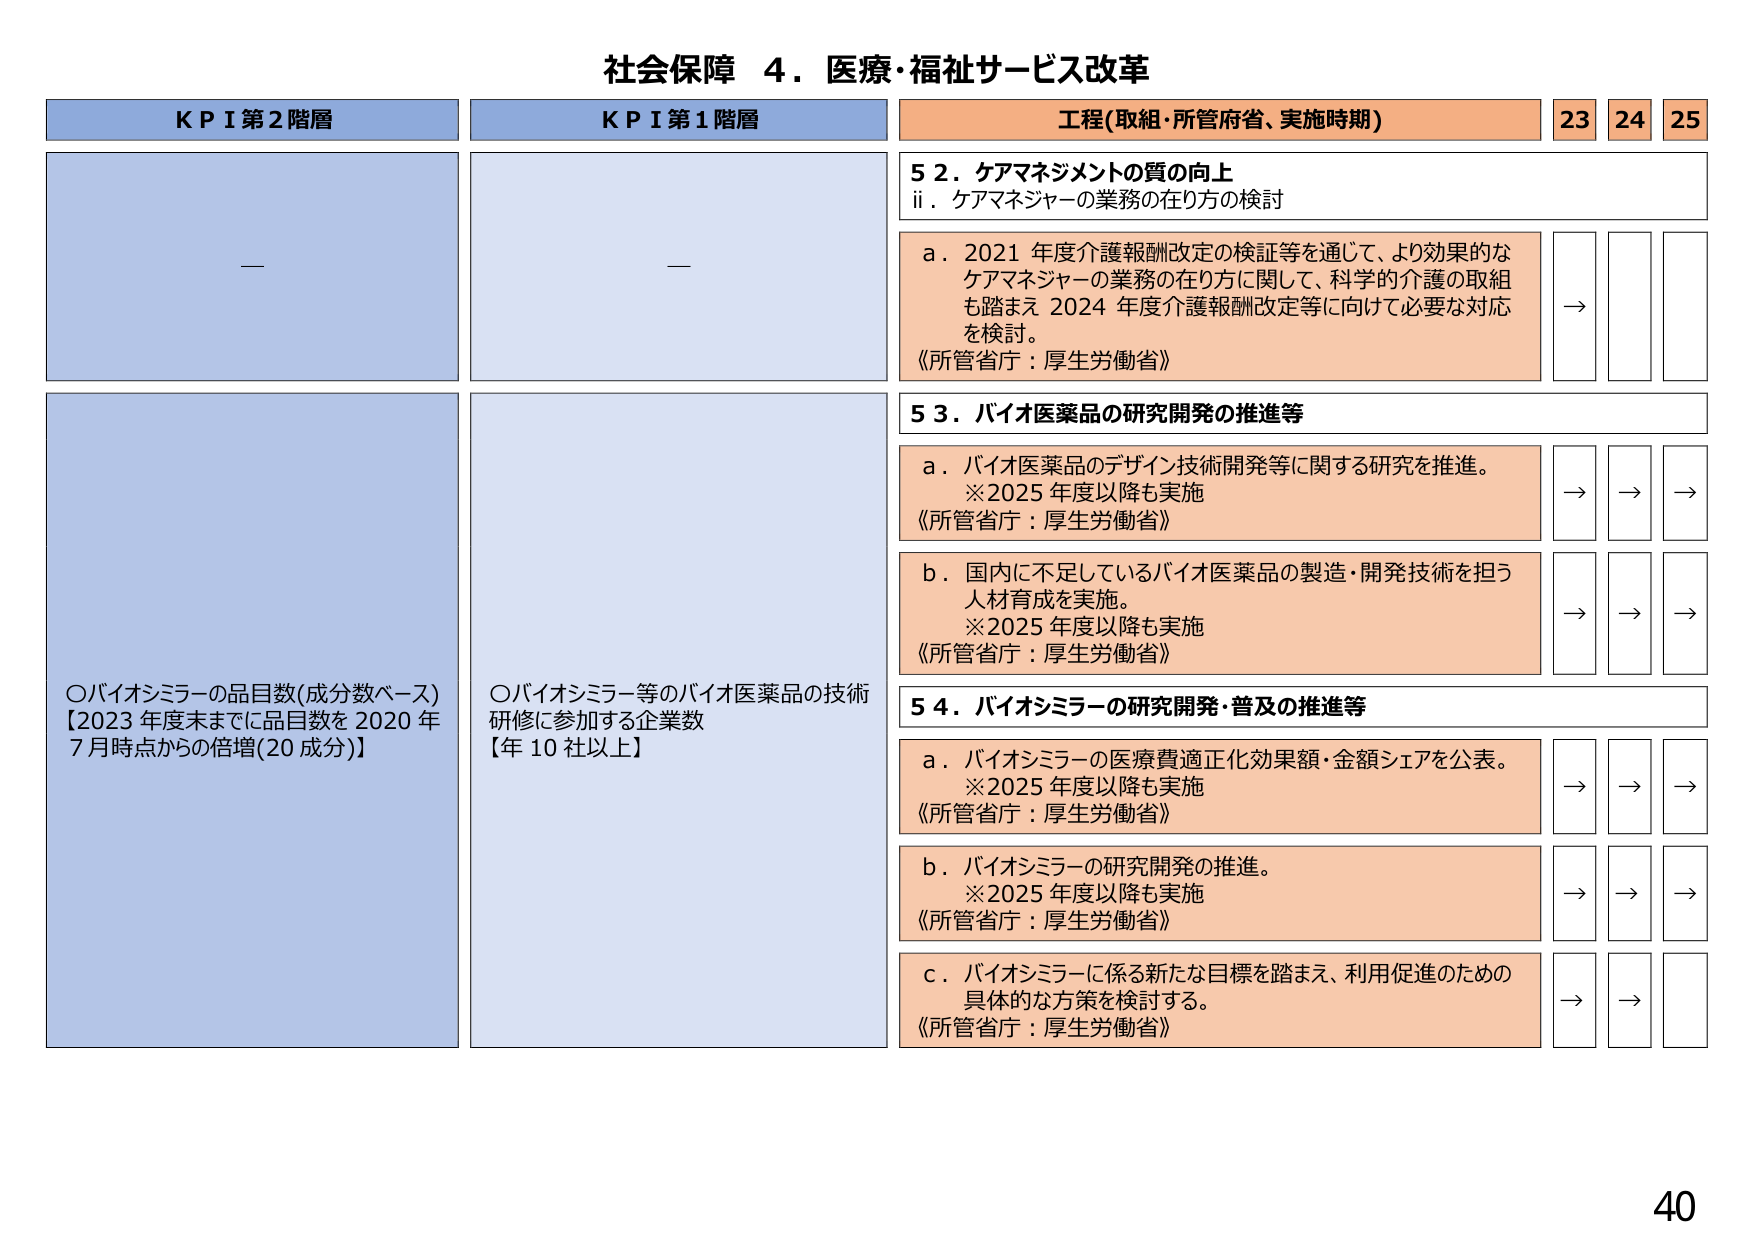
社会保障 ４．医療・福祉サービス改革

ＫＰＩ第２階層
—

ＫＰＩ第１階層
—

工程(取組・所管府省、実施時期)
23 24 25

５２．ケアマネジメントの質の向上
ⅱ．ケアマネジャーの業務の在り方の検討

ａ．2021 年度介護報酬改定の検証等を通じて、より効果的な
ケアマネジャーの業務の在り方に関して、科学的介護の取組
も踏まえ 2024 年度介護報酬改定等に向けて必要な対応
を検討。
《所管省庁：厚生労働省》
→

５３．バイオ医薬品の研究開発の推進等

ａ．バイオ医薬品のデザイン技術開発等に関する研究を推進。
※2025 年度以降も実施
《所管省庁：厚生労働省》
→ → →

ｂ．国内に不足しているバイオ医薬品の製造・開発技術を担う
人材育成を実施。
※2025 年度以降も実施
《所管省庁：厚生労働省》
→ → →

５４．バイオシミラーの研究開発・普及の推進等

ａ．バイオシミラーの医療費適正化効果額・金額シェアを公表。
※2025 年度以降も実施
《所管省庁：厚生労働省》
→ → →

ｂ．バイオシミラーの研究開発の推進。
※2025 年度以降も実施
《所管省庁：厚生労働省》
→ → →

ｃ．バイオシミラーに係る新たな目標を踏まえ、利用促進のための
具体的な方策を検討する。
《所管省庁：厚生労働省》
→ → →

〇バイオシミラーの品目数(成分数ベース)
【2023 年度末までに品目数を 2020 年
7 月時点からの倍増(20 成分)】

〇バイオシミラー等のバイオ医薬品の技術
研修に参加する企業数
【年 10 社以上】

40